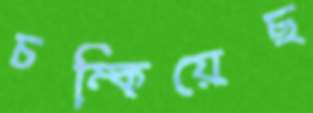
চম্‌কিয়েছ